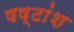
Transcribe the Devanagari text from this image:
षष्टांश